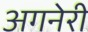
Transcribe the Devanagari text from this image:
अगनेरी